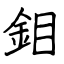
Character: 鉬